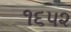
૧૬૫૨